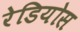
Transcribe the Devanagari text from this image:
रेडियोस